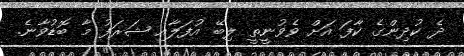
ދެ ކުދިންގެ ކާފަ އަށް ވެވުނީތީ ލިބޭ އުފަލާއި ޝަރަފު މާ ބޮޑުވާނެ.